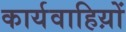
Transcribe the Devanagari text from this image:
कार्यवाहिय़ों